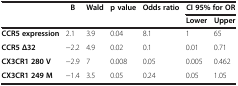
<table><thead><tr><td><b> </b></td><td><b>B</b></td><td><b>Wald</b></td><td><b>p value</b></td><td><b>Odds ratio</b></td><td colspan="2"><b>CI 95% for OR</b></td></tr><tr><td><b> </b></td><td><b> </b></td><td><b> </b></td><td><b> </b></td><td><b> </b></td><td><b>Lower</b></td><td><b>Upper</b></td></tr></thead><tbody><tr><td><b>CCR5 expression</b></td><td>2.1</td><td>3.9</td><td>0.04</td><td>8.1</td><td>1</td><td>65</td></tr><tr><td><b>CCR5 Δ32</b></td><td>−2.2</td><td>4.9</td><td>0.02</td><td>0.1</td><td>0.01</td><td>0.71</td></tr><tr><td><b>CX3CR1 280 V</b></td><td>−2.9</td><td>7</td><td>0.008</td><td>0.05</td><td>0.005</td><td>0.462</td></tr><tr><td><b>CX3CR1 249 M</b></td><td>−1.4</td><td>3.5</td><td>0.05</td><td>0.24</td><td>0.05</td><td>1.05</td></tr></tbody></table>